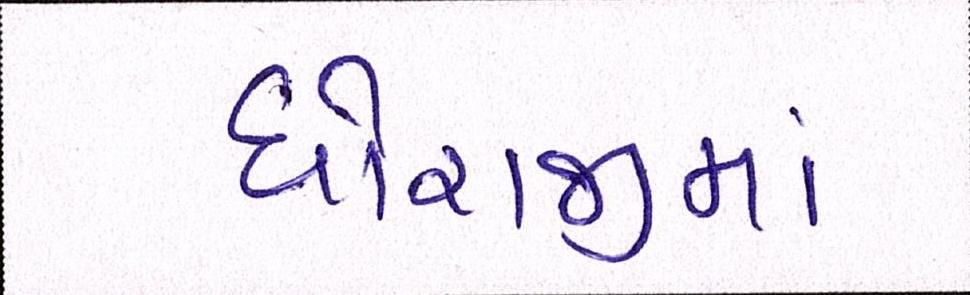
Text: ધોરાજીમાં